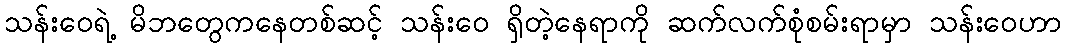
သန်းဝေရဲ့ မိဘတွေကနေတစ်ဆင့် သန်းဝေ ရှိတဲ့နေရာကို ဆက်လက်စုံစမ်းရာမှာ သန်းဝေဟာ